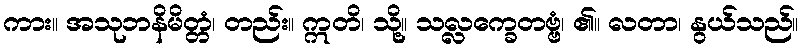
ကား။ အသုဘနိမိတ္တံ၊ တည်း။ ဣတိ၊ သို့။ သလ္လက္ခေတဗ္ဗံ၊ ၏။ လတာ၊ နွယ်သည်။